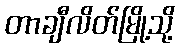
တာချီလိတ်မြို့သို့